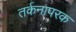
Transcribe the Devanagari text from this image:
तर्कनापरक